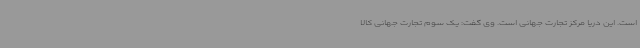
است. این دریا مرکز تجارت جهانی است. وی گفت: یک سوم تجارت جهانی کالا